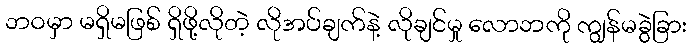
ဘဝမှာ မရှိမဖြစ် ရှိဖို့လိုတဲ့ လိုအပ်ချက်နဲ့ လိုချင်မှု လောဘကို ကျွန်မခွဲခြား